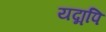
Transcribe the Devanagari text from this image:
यद्मपि